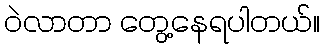
ဝဲလာတာ တွေ့နေရပါတယ်။